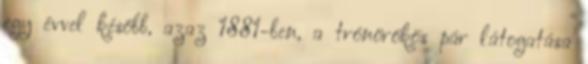
egy évvel később, azaz 1881-ben, a trónörökös pár látogatása